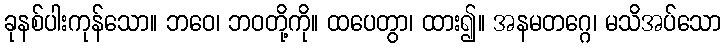
ခုနစ်ပါးကုန်သော။ ဘဝေ၊ ဘဝတို့ကို။ ထပေတွာ၊ ထား၍။ အနမတဂ္ဂေ၊ မသိအပ်သော